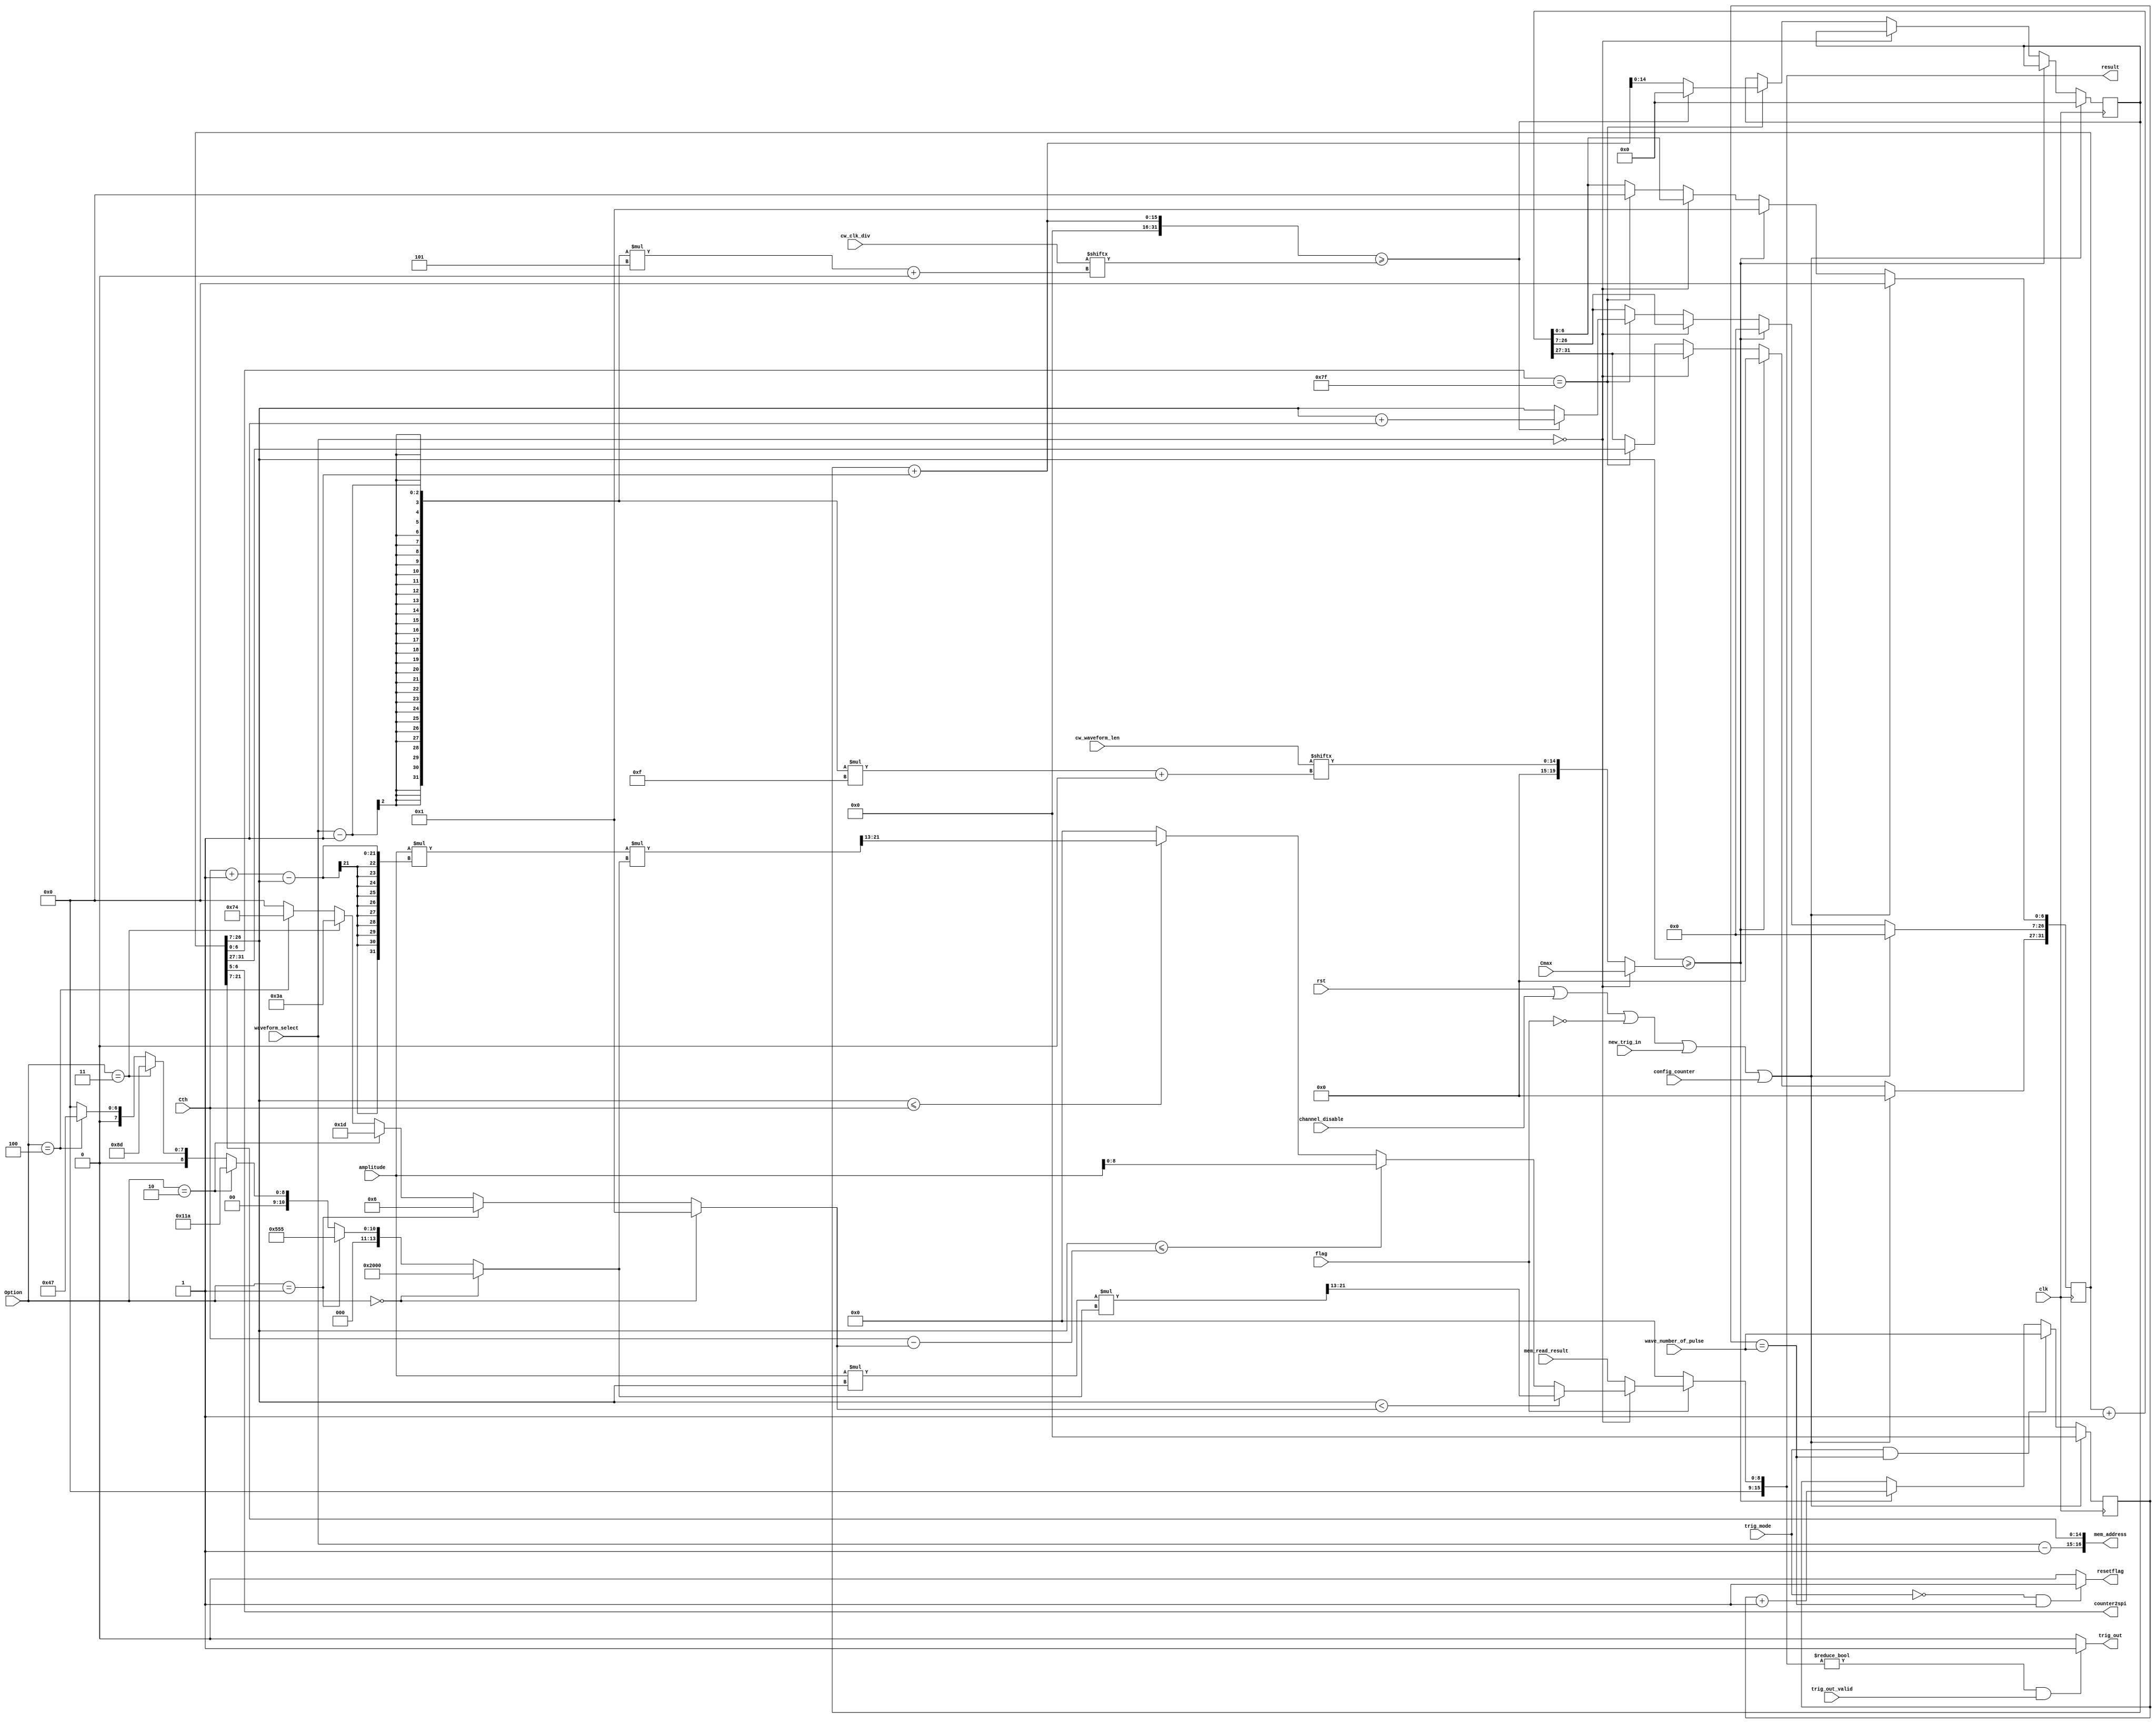
`timescale 1ns / 1ps
/////////////////////////////////////////////////
// OSC1 - LITE
// Version 1.0.0
// Yoon's Lab - U of M
/////////////////////////////////////////////////


module read_input( 								// need to be called 12 times 
    input wire			clk,					// input clock
    input wire			rst,					// Opal Kelly reset
	input wire			new_trig_in,			// 1 if detect overlapped trigger in 		
    input wire [15:0] 	amplitude,				// amplitude of square waves 
    input wire [19:0] 	Cmax,					// waveform period, Cmax = clk frequency/sampling frequency - 1
    input wire [19:0] 	Cth,					// waveform pulse width, Dutycycle * (Cmax + 1)
    input wire [3:0] 	Option,					// choose rising time: 0 for 0 msec, 1 for 0.1 msec, 2 for 0.5 msec, 3 for 1 msec, 4 for 2 msec
    input wire [15:0] 	wave_number_of_pulse,	// number of pulses
	input wire 			flag,					// 1 to output waveform
	input wire 			trig_out_valid,			// 1 if the user wants the trigger out signal
	input wire 			config_counter,			// reset the counter
	input wire 			channel_disable,		// Request to disable the channel
	input wire 			trig_mode,				// 0 is one-shot, 1 is continuous
	input wire [1:0]    waveform_select,
    
	output wire [15:0] 	result,					// square wave info of one module
    output wire 		resetflag,				// 1 if request for no output waveform
	output wire 		trig_out,				// trig out info
	output wire [1:0] 	counter2spi,				// counter to SPI module to modulate the read/write cycle
	
	// BRAM interface
	output wire [16:0] mem_address,
	input wire [8:0] mem_read_result,
	
	// Custom waveform metadata
	input wire [14:0] cw_clk_div,
	input wire [44:0] cw_waveform_len
   );
   
    reg [31:0] counter = 0;		// clock counter
    reg [15:0] counter1 = 0;	// number of waves have been output
    wire [6:0] mult;			// waveform rising/falling edge width
	wire [21:0] rising_edge;	// waveform info at rising edge
	wire [21:0] falling_edge;	// waveform info at falling edge
	wire [13:0] fixed;			
	
	wire [15:0] 	square_result;
	reg [14:0] cw_counter;
	
	wire [19:0] cnt_period;
	assign cnt_period = (waveform_select == 0) ? Cmax : {5'h0, cw_waveform_len[((waveform_select - 1) * 15) +: 15]};
	
	assign counter2spi = counter[6:5];    
	assign rising_edge = amplitude*counter[26:7]*fixed;
	assign falling_edge = amplitude*(Cth + 1 - counter[26:7])*fixed;
    assign resetflag = ((trig_mode == 1'b0) && (counter1 == wave_number_of_pulse)) ? 1'b1 : 1'b0;
    assign mem_address = {waveform_select - 2'h1, counter[21:7]};
    assign mult = (Option == 4'd0) ? 7'd1
                : (Option == 4'd1) ? 7'd6
                : (Option == 4'd2) ? 7'd29
                : (Option == 4'd3) ? 7'd58
                : (Option == 4'd4) ? 7'd116
                :  6'd0;
				
	assign fixed = (Option == 4'd0) ? 14'h2000
                : (Option == 4'b1) ? 14'h0555
                : (Option == 4'd2) ? 14'h011a
                : (Option == 4'd3) ? 14'h008d
                : (Option == 4'd4) ? 14'h0047
                :  6'd0;
   
    assign square_result = (flag == 0) ? 1'b0
					:(counter[26:7] < mult) ? ({7'b0, rising_edge[21:13]})
					:(counter[26:7] <= (Cth - mult)) ? ({7'b0, amplitude[8:0]})
					:(counter[26:7] <= Cth) ? ({7'b0, falling_edge[21:13]})
					: 1'b0;
					
    assign result = (flag == 0) ? 1'b0
                  : (waveform_select == 0) ? square_result : {7'h0, mem_read_result};
					
	assign trig_out = (result != 16'b0 && trig_out_valid == 1'b1) ? 1'b1 : 1'b0;

	always @ (negedge clk) begin
		if (rst || channel_disable || flag == 0 || new_trig_in == 1'b1 || config_counter) begin
		    counter <= 0;
		    counter1 <= 0;
		    cw_counter <= 0;
        end
        else begin
            if ((trig_mode == 1'b1) && (counter1 == wave_number_of_pulse)) counter1 <= wave_number_of_pulse;
		    else if (counter[26:7] >= cnt_period) counter1 <= counter1 + 1;
		    
		    if (counter[26:7] >= cnt_period) counter <= 1;
		    else if (waveform_select == 0) counter <= counter + 1;
		    else begin
		        if (counter[6:0] == 7'h7f) begin
		            if (cw_counter + 1 >= cw_clk_div[((waveform_select - 1) * 5) +: 5]) begin
    		            cw_counter <= 0;
	    	            counter[26:7] <= counter[26:7] + 1;
		            end else
		                cw_counter <= cw_counter + 1;
		            counter[6:0] <= 0;
		        end else counter <= counter + 1;
		        
		    end
		end
	end
endmodule